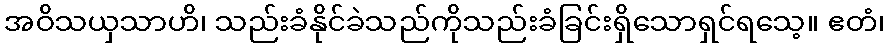
အဝိသယှသာဟိ၊ သည်းခံနိုင်ခဲသည်ကိုသည်းခံခြင်းရှိသောရှင်ရသေ့။ ဧတံ၊